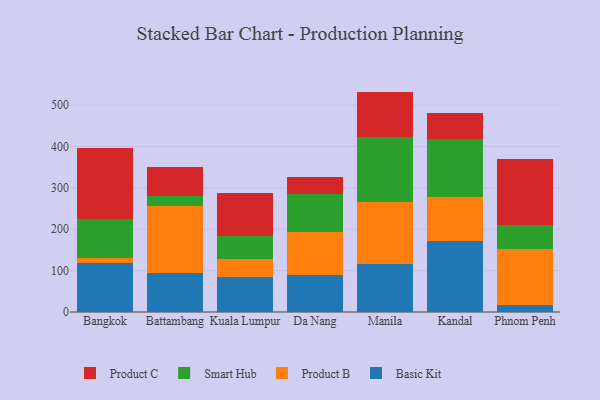
{"axis": {"x": "City", "y": "Waste Production (Tons)"}, "legend": ["Basic Kit", "Product B", "Product C", "Smart Hub"], "data": [{"x": "Bangkok", "y": 118.2, "type": "Basic Kit"}, {"x": "Bangkok", "y": 11.9, "type": "Product B"}, {"x": "Bangkok", "y": 95.4, "type": "Smart Hub"}, {"x": "Bangkok", "y": 170.6, "type": "Product C"}, {"x": "Battambang", "y": 95.0, "type": "Basic Kit"}, {"x": "Battambang", "y": 162.0, "type": "Product B"}, {"x": "Battambang", "y": 24.2, "type": "Smart Hub"}, {"x": "Battambang", "y": 69.5, "type": "Product C"}, {"x": "Kuala Lumpur", "y": 84.7, "type": "Basic Kit"}, {"x": "Kuala Lumpur", "y": 44.1, "type": "Product B"}, {"x": "Kuala Lumpur", "y": 56.0, "type": "Smart Hub"}, {"x": "Kuala Lumpur", "y": 103.7, "type": "Product C"}, {"x": "Da Nang", "y": 90.2, "type": "Basic Kit"}, {"x": "Da Nang", "y": 102.2, "type": "Product B"}, {"x": "Da Nang", "y": 93.3, "type": "Smart Hub"}, {"x": "Da Nang", "y": 40.8, "type": "Product C"}, {"x": "Manila", "y": 117.0, "type": "Basic Kit"}, {"x": "Manila", "y": 148.4, "type": "Product B"}, {"x": "Manila", "y": 157.1, "type": "Smart Hub"}, {"x": "Manila", "y": 110.3, "type": "Product C"}, {"x": "Kandal", "y": 171.7, "type": "Basic Kit"}, {"x": "Kandal", "y": 106.6, "type": "Product B"}, {"x": "Kandal", "y": 138.8, "type": "Smart Hub"}, {"x": "Kandal", "y": 63.2, "type": "Product C"}, {"x": "Phnom Penh", "y": 16.9, "type": "Basic Kit"}, {"x": "Phnom Penh", "y": 134.4, "type": "Product B"}, {"x": "Phnom Penh", "y": 59.8, "type": "Smart Hub"}, {"x": "Phnom Penh", "y": 159.7, "type": "Product C"}]}